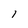
Character: 1